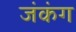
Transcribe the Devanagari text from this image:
जंकंग